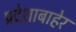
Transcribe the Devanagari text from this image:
प्रदेशाबाहेर